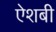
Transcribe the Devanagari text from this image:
ऐशबी